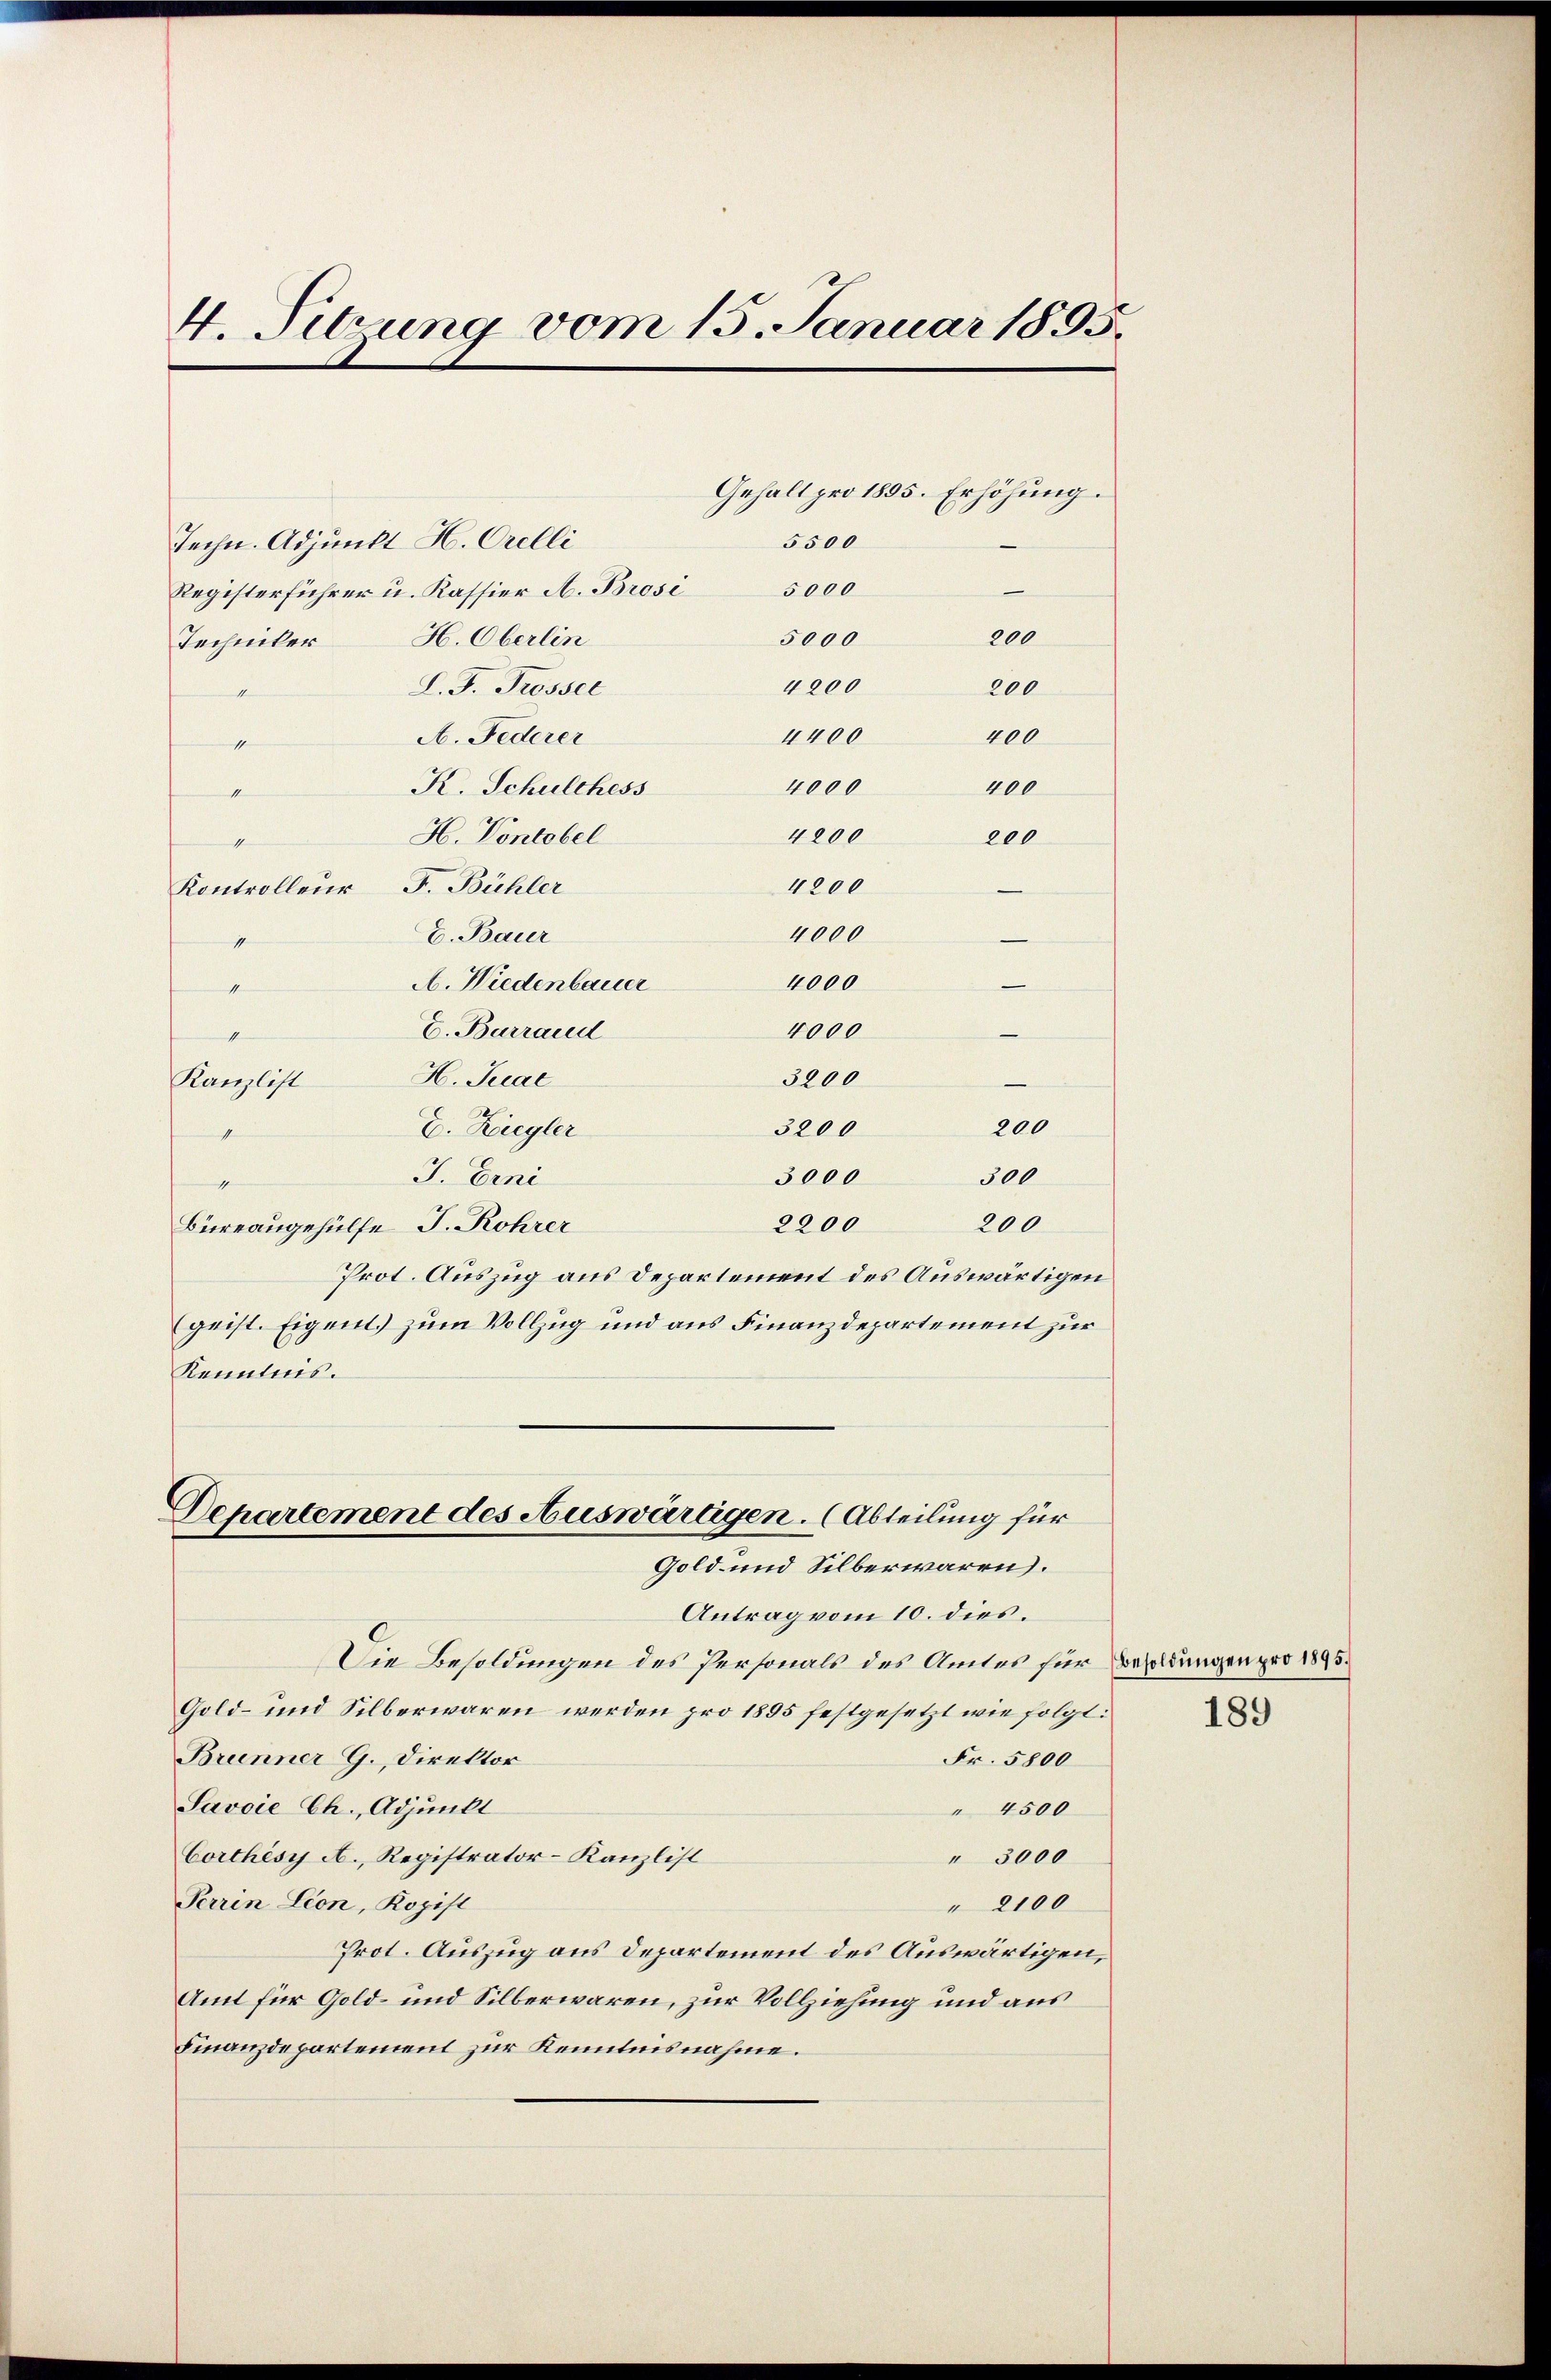
4. Sibung vom 15. Januar 1895.

Techn. Adjunkt H. Orelli
Registerführer u. Kassier A. Brosi
H. Oberlin
L. J. Trossel
II
A. Federer
se
K. Schulchess
nichten
H. Vontobel
essen
Kontrolleur F. Bühler
4000
E. Baur
4
1000
A. Wiedenbauer
11
E. Barraud
4000
e
H. Trac
3200
Kanzlist
200
3200
E. Ziegler
s
3000
J. Eini
300
s
2200
Büreaugehülfe J. Rohrer
200
Prot. Auszug aus Departement des Auswärtigen
geist. Eigent zum Vollzug und aus Finanzdepartement zur
Kenntnis.
Dehartement des Auswärtigen. (Abteilung für
Gold- und Silber waren.
Antrag vom 10. dies.
Die Besoldungen des Personals des Amtes für Besoldungen pro 1895.
Gold- und Silberwaren werden pro 1895 festgesetzt wie folgt:
Brunner G., Direktor
Fr. 5800
Javoie Ch., Adjunkt
 4500
Corthèsy A., Registrator-Kanzlist
" 3000
Terrin Lion, Kopist
" 2100
Prot. Auszug aus Departement des Auswärtigen,
Amt für Gold- und Silberwaren, zur Vollziehung und aus
Finanzdepartement zur Kenntnisnahme.

Techniker

Gehalt pro 1895. Erhöhung.
5500
5000
200
5000
4200
200
4400
400
4000
400
4200
200
4200

189